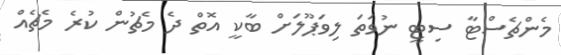
މެންޗެސްޓާ ސިޓީ ނުވަތަ ލިވަޕޫލަށް ބާކީ އޮތް ދެ މެޗުން ކުރެ މެޗެއް